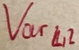
Text: Varl2